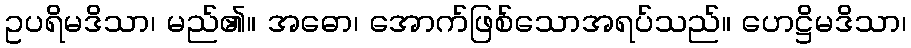
ဥပရိမဒိသာ၊ မည်၏။ အဓော၊ အောက်ဖြစ်သောအရပ်သည်။ ဟေဋ္ဌိမဒိသာ၊